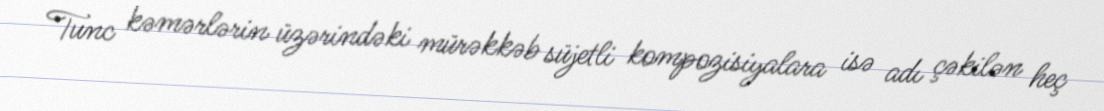
Tunc kəmərlərin üzərindəki mürəkkəb süjetli kompozisiyalara isə adı çəkilən heç